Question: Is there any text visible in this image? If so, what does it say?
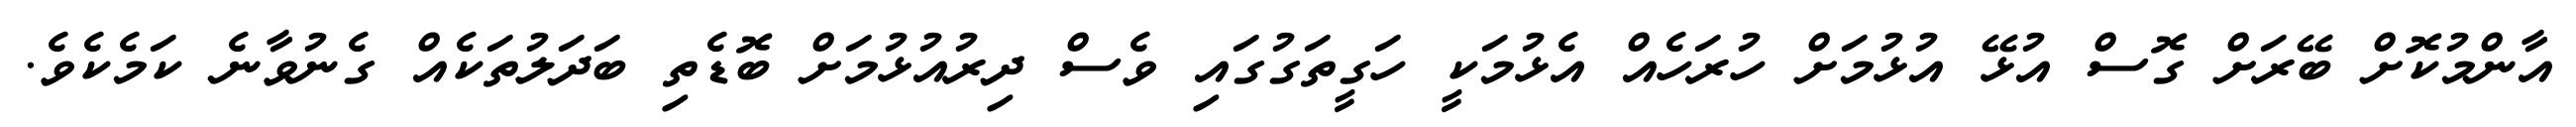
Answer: އާންމުކޮށް ބޭރަށް ގޮސް އުޅޭ އުޅުމަށް ހުރަހެއް އެޅުމަކީ ހަގީތަގުގައި ވެސް ދިރުއުޅުމަށް ބޮޑެތި ބަދަލުތަކެއް ގެނުވާނެ ކަމެކެވެ.